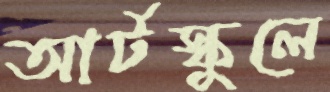
আর্টস্কুলে